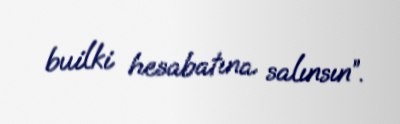
builki hesabatına salınsın”.